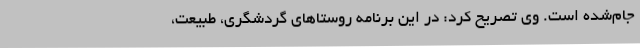
جام‌شده است. وی تصریح کرد: در این برنامه روستاهای گردشگری، طبیعت،